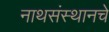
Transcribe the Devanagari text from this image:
नाथसंस्थानचे